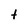
Character: t